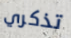
تذكري